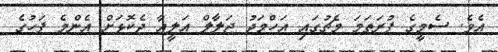
އެވެ. ސެމީގެ ފުރަތަމަ މެޗުގައި އަހްމަދު ޖަލާލް އަލީއާ ދެކޮޅަށް އެންމެ ފަހުގެ